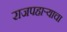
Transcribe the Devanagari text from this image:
राजपहार्‍याचा